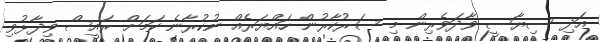
އަދި ސިޔާސީ ވާދަވެރިން މި ސަރުކާރުން ހައްޔަރެއް ނުކުރާނެ ކަމަށް ރައީސް ވިދާޅުވި